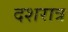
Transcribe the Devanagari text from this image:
दशरात्र